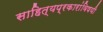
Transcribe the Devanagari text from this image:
साहित्यप्रकारांविषयी